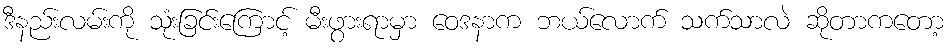
ဒီနည်းလမ်းကို သုံးခြင်းကြောင့် မီးဖွားရာမှာ ဝေဒနာက ဘယ်လောက် သက်သာလဲ ဆိုတာကတော့